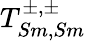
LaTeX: T_{Sm,Sm}^{\pm,\pm}